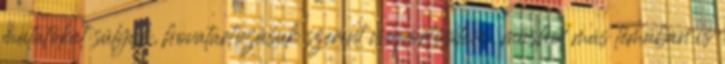
mutatókat súlyuk, hovatartozásuk szerint csoportosítani, máshol más témában is